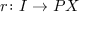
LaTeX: r \colon I \to P X